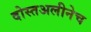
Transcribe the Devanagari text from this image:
दोस्तअलीनेच